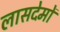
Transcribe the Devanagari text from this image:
लासदेमों